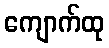
ကျောက်ထု